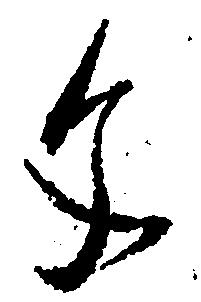
文